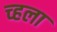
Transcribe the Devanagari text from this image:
च्हला